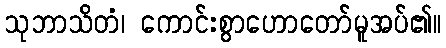
သုဘာသိတံ၊ ကောင်းစွာဟောတော်မူအပ်၏။